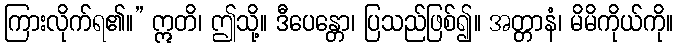
ကြားလိုက်ရ၏။” ဣတိ၊ ဤသို့။ ဒီပေန္တော၊ ပြသည်ဖြစ်၍။ အတ္တာနံ၊ မိမိကိုယ်ကို။